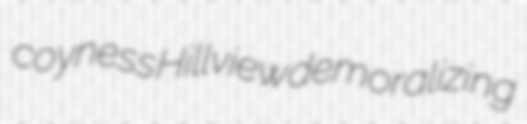
coyness Hillview demoralizing